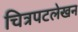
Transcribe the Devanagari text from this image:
चित्रपटलेखन